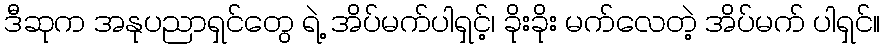
ဒီဆုက အနုပညာရှင်တွေ ရဲ့ အိပ်မက်ပါရှင့်၊ ခိုးခိုး မက်လေတဲ့ အိပ်မက် ပါရှင်။